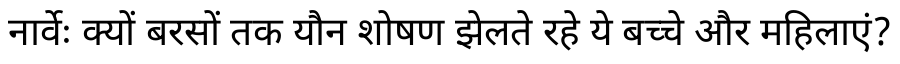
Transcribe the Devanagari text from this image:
नार्वेः क्यों बरसों तक यौन शोषण झेलते रहे ये बच्चे और महिलाएं?